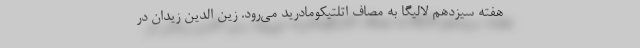
هفته سیزدهم لالیگا به مصاف اتلتیکومادرید می‌رود. زین الدین زیدان در